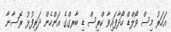
އަހަރު މިސް ވޯލްޑް ހޯދާފައިވާ ކްރިސް ޑި ބާރގްގެ އަންހެން ދަރިފުޅު ރޮސާނާ